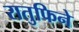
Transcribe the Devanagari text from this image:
रातुफिने